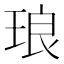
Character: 琅